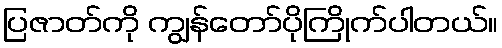
ပြဇာတ်ကို ကျွန်တော်ပိုကြိုက်ပါတယ်။